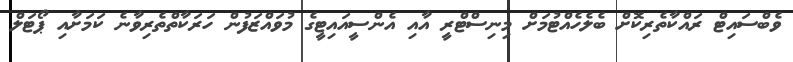
ވެބްސައިޓް ރައްކާތެރިކޮށް ބެލެހެއްޓުމަށް މިނިސްޓްރީ އާއި އެންސީއައިޓީގެ މުވައްޒަފުން ހަރަކާތްތެރިވާނެ ކަމަށާއި ޕޯޓަލް